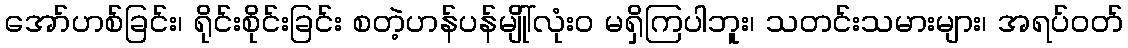
အော်ဟစ်ခြင်း၊ ရိုင်းစိုင်းခြင်း စတဲ့ဟန်ပန်မျိုါ်လုံး၀ မရှိကြပါဘူး၊ သတင်းသမားများ၊ အရပ်ဝတ်